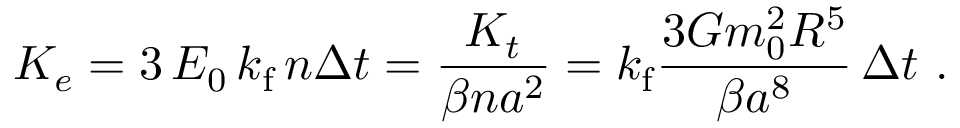
{ \cal K } _ { e } = 3 \, { \cal E } _ { 0 } \, k _ { \mathrm { f } } \, n \Delta t = \frac { { \cal K } _ { t } } { \beta n a ^ { 2 } } = k _ { \mathrm { f } } \frac { 3 { \cal G } m _ { 0 } ^ { 2 } R ^ { 5 } } { \beta a ^ { 8 } } \, \Delta t \ .